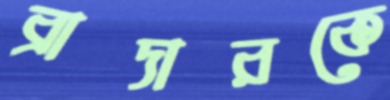
ব্রাদারকে